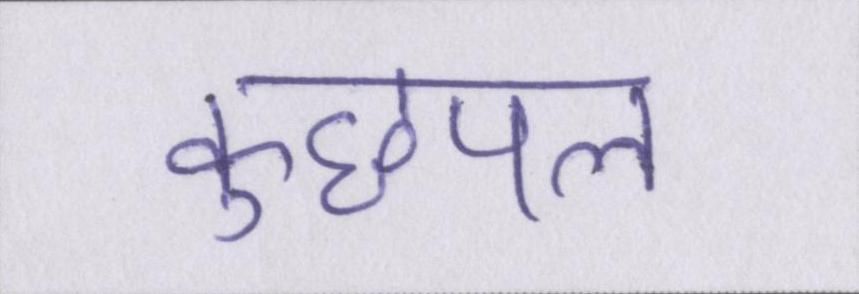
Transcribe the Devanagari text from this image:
कुछपल